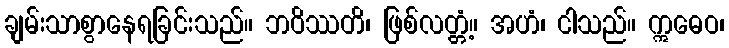
ချမ်းသာစွာနေရခြင်းသည်။ ဘဝိဿတိ၊ ဖြစ်လတ္တံ့။ အဟံ၊ ငါသည်။ ဣဓေဝ၊